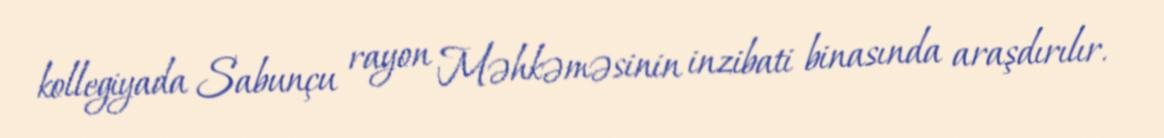
kollegiyada Sabunçu rayon Məhkəməsinin inzibati binasında araşdırılır.